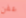
عفن